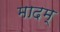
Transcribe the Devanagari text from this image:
मादम्